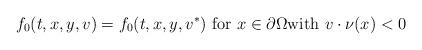
LaTeX: \begin{align*}f_{0}(t,x,y,v)=f_{0}(t,x,y,v^{\ast })\mbox{ for }x\in \partial \Omega \mbox{with }v\cdot \nu (x)<0 \end{align*}